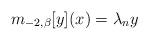
LaTeX: \begin{align*}m_{-2,\beta}[y](x)=\lambda_{n}y\end{align*}